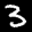
Label: 3